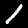
Label: 1